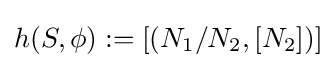
h(S,\phi ):=[(N_{1}/N_{2},[N_{2}])]